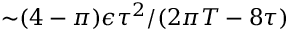
{ \sim } ( 4 - \pi ) \epsilon \tau ^ { 2 } / ( 2 \pi T - 8 \tau )